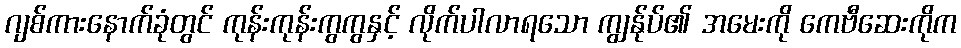
ဂျစ်ကားနောက်ခုံတွင် ကုန်းကုန်းကွကွနှင့် လိုက်ပါလာရသော ကျွန်ုပ်၏ အမေးကို ကေဗီဆေးကိုက